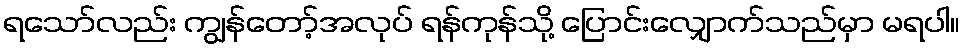
ရသော်လည်း ကျွန်တော့်အလုပ် ရန်ကုန်သို့ ပြောင်းလျှောက်သည်မှာ မရပါ။